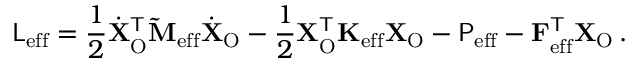
\mathsf { L } _ { \mathrm { e f f } } = \frac { 1 } { 2 } \dot { \mathbf { X } } _ { \mathrm { O } } ^ { \mathsf { T } } \mathbf { \widetilde { M } } _ { \mathrm { e f f } } \dot { \mathbf { X } } _ { \mathrm { O } } - \frac { 1 } { 2 } \mathbf { X } _ { \mathrm { O } } ^ { \mathsf { T } } \mathbf { K } _ { \mathrm { e f f } } \mathbf { X } _ { \mathrm { O } } - \mathsf { P } _ { \mathrm { e f f } } - \mathbf { F } _ { \mathrm { e f f } } ^ { \mathsf { T } } \mathbf { X } _ { \mathrm { O } } \, .